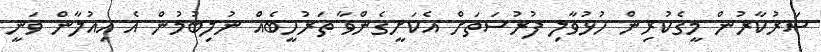
ސަރުކާރުން މީގެކުރިން ހުޅުވާލި ފުރުސަތަށް އެކަށީގެންވާ ތަރުހީބެއް ނުލިބުމުން އެ އިއުލާން ވަނީ